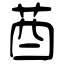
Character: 莤